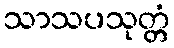
သာသပသုတ္တံ